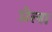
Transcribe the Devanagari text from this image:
प्रेला